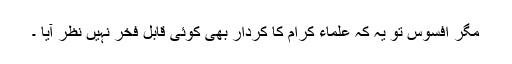
مگر افسوس تو یہ کہ علماء کرام کا کردار بھی کوئی قابل فخر نہیں نظر آیا ۔